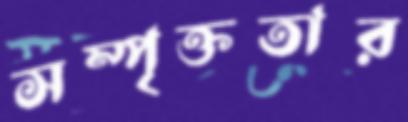
সম্পৃক্ততার